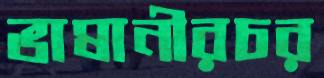
ভাষানীরচর